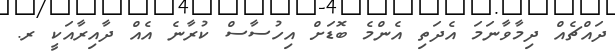
ދައްޗެއް ދިމާވާނަމަ އެދަތި އެންމެ ބޮޑަށް އިހުސާސް ކުރާނެ އެއް ދާއިރާއަކީ ރ.